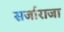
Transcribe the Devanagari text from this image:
सर्जाराजा